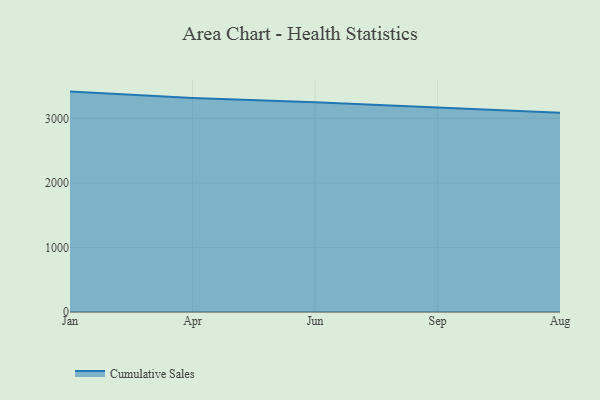
{"axis": {"x": "Month", "y": "Satisfaction Score"}, "legend": ["Cumulative Sales"], "data": [{"x": "Jan", "y": 3416.6, "type": "Cumulative Sales"}, {"x": "Apr", "y": 3316.3, "type": "Cumulative Sales"}, {"x": "Jun", "y": 3252.5, "type": "Cumulative Sales"}, {"x": "Sep", "y": 3175.8, "type": "Cumulative Sales"}, {"x": "Aug", "y": 3089.8, "type": "Cumulative Sales"}]}